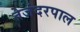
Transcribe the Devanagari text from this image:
तेजंदरपाल